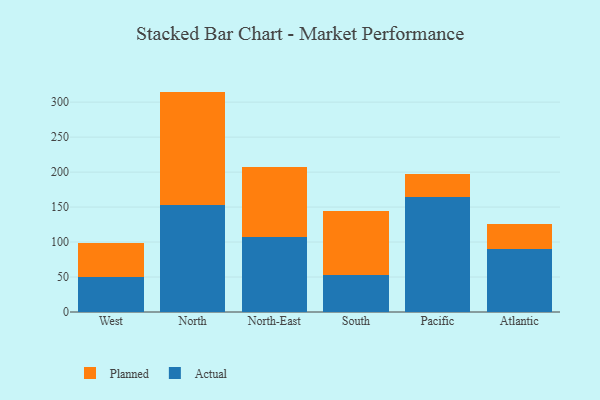
{"axis": {"x": "Region", "y": "Energy Usage (MWh)"}, "legend": ["Actual", "Planned"], "data": [{"x": "West", "y": 49.9, "type": "Actual"}, {"x": "West", "y": 48.9, "type": "Planned"}, {"x": "North", "y": 153.1, "type": "Actual"}, {"x": "North", "y": 162.0, "type": "Planned"}, {"x": "North-East", "y": 107.7, "type": "Actual"}, {"x": "North-East", "y": 99.1, "type": "Planned"}, {"x": "South", "y": 52.6, "type": "Actual"}, {"x": "South", "y": 91.3, "type": "Planned"}, {"x": "Pacific", "y": 164.3, "type": "Actual"}, {"x": "Pacific", "y": 33.2, "type": "Planned"}, {"x": "Atlantic", "y": 89.6, "type": "Actual"}, {"x": "Atlantic", "y": 36.1, "type": "Planned"}]}